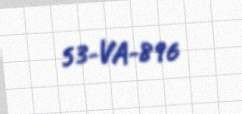
53-VA-896